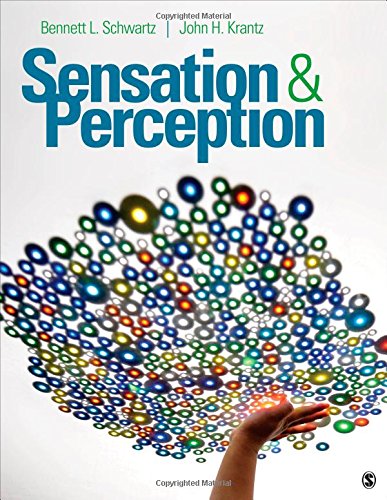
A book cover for Sensation and Perception; Bennett L. (Lowell) Schwartz; Medical Books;